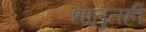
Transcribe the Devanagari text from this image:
धातुतही